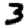
Digit: 3